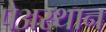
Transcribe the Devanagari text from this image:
पेअस्थान